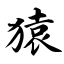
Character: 猿